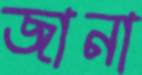
জানা